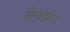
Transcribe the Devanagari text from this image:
लेनदार।